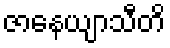
ဇာနေယျာသီတိ